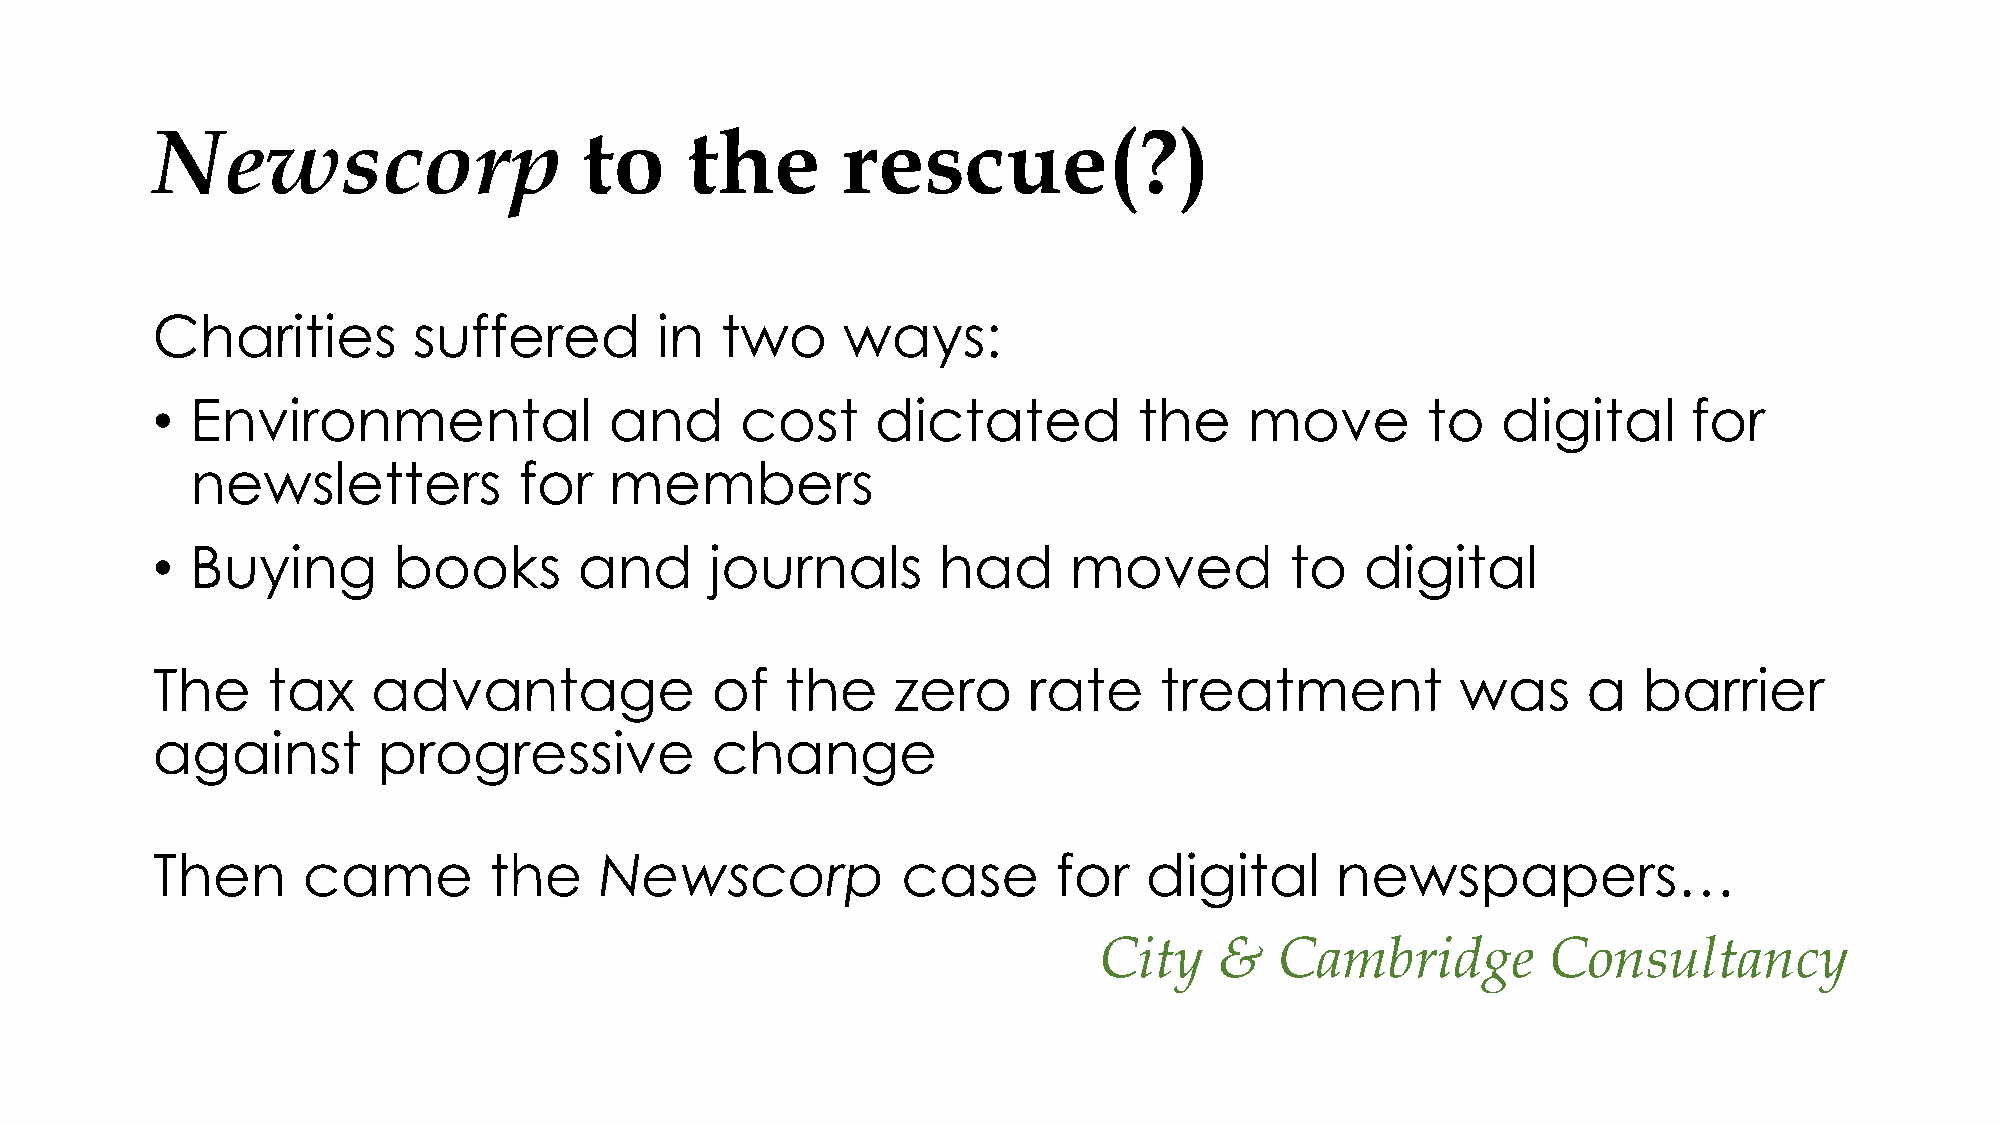
Newscorp                     to     the       rescue(?)
 Charities        suffered        in   two     ways:
 •  Environmental              and      cost     dictated         the     move       to   digital      for
 newsletters          for   members
 •  Buying       books       and      journals       had      moved         to   digital
 The     tax    advantage             of   the    zero     rate     treatment           was     a   barrier
 against        progressive           change
 Then      came        the     Newscorp            case      for   digital     newspapers…
 City    &   Cambridge        Consultancy